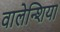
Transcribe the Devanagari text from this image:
वालेन्शिया